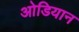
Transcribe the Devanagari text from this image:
ओडियान